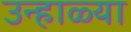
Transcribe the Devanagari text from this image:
उन्हाळ्या